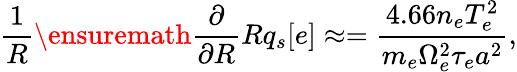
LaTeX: \frac{1}{R}\ensuremath{\frac{\partial}{\partial R}}Rq_{s}[e]\approx=\frac{4.66n_{e}T_{e}^{2}}{m_{e}\Omega_{e}^{2}\tau_{e}a^{2}},